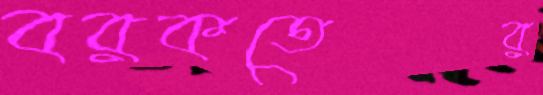
বরকতের